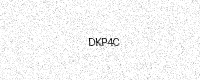
Text: DKP4C